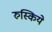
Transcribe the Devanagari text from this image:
रुस्किये